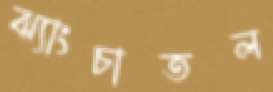
ঝ্যাংচাতল